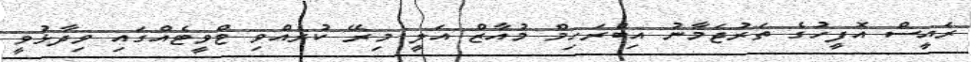
ރައީސް އޮފީހުގެ ތަރުޖަމާނު އިބްރަހިމް މުއާޒް އަލީ މިރޭ ކުރެއްވި ޓްވީޓެއްގައި ވިދާޅުވީ